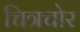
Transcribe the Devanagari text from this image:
चित्रचोर